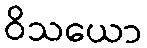
ဝိသယော